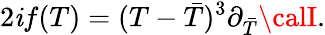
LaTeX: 2\mathit{i}f(T)=(T-{\bar{{T}}})^{3}\partial_{\bar{{T}}}{\calI}.